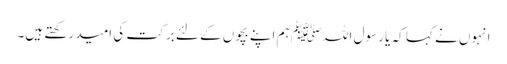
انہوں نے کہا کہ یا رسول اللہﷺ ہم اپنے بچوں کے لئے برکت کی امید رکھتے ہیں۔